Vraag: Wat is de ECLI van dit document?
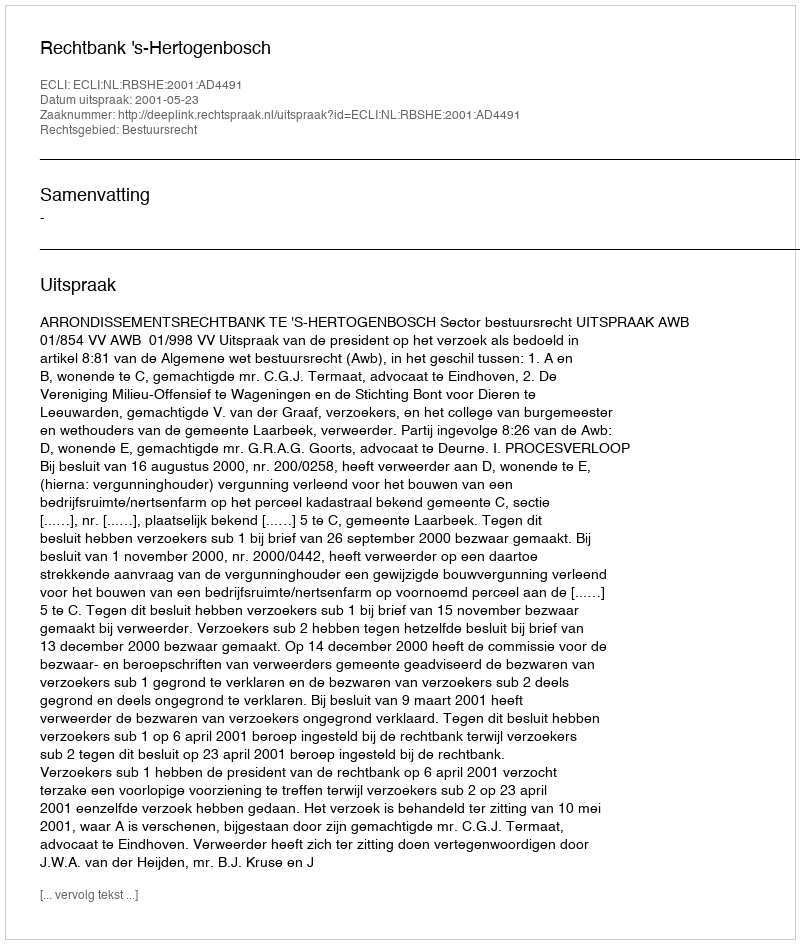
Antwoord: ECLI:NL:RBSHE:2001:AD4491